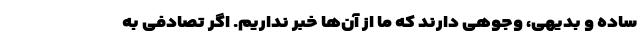
ساده و بدیهی، وجوهی دارند که ما از آن‌ها خبر نداریم. اگر تصادفی به